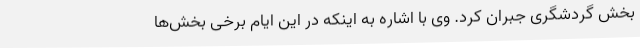
بخش گردشگری جبران کرد. وی با اشاره به اینکه در این ایام برخی بخش‌ها